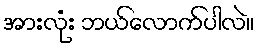
အားလုံး ဘယ်လောက်ပါလဲ။